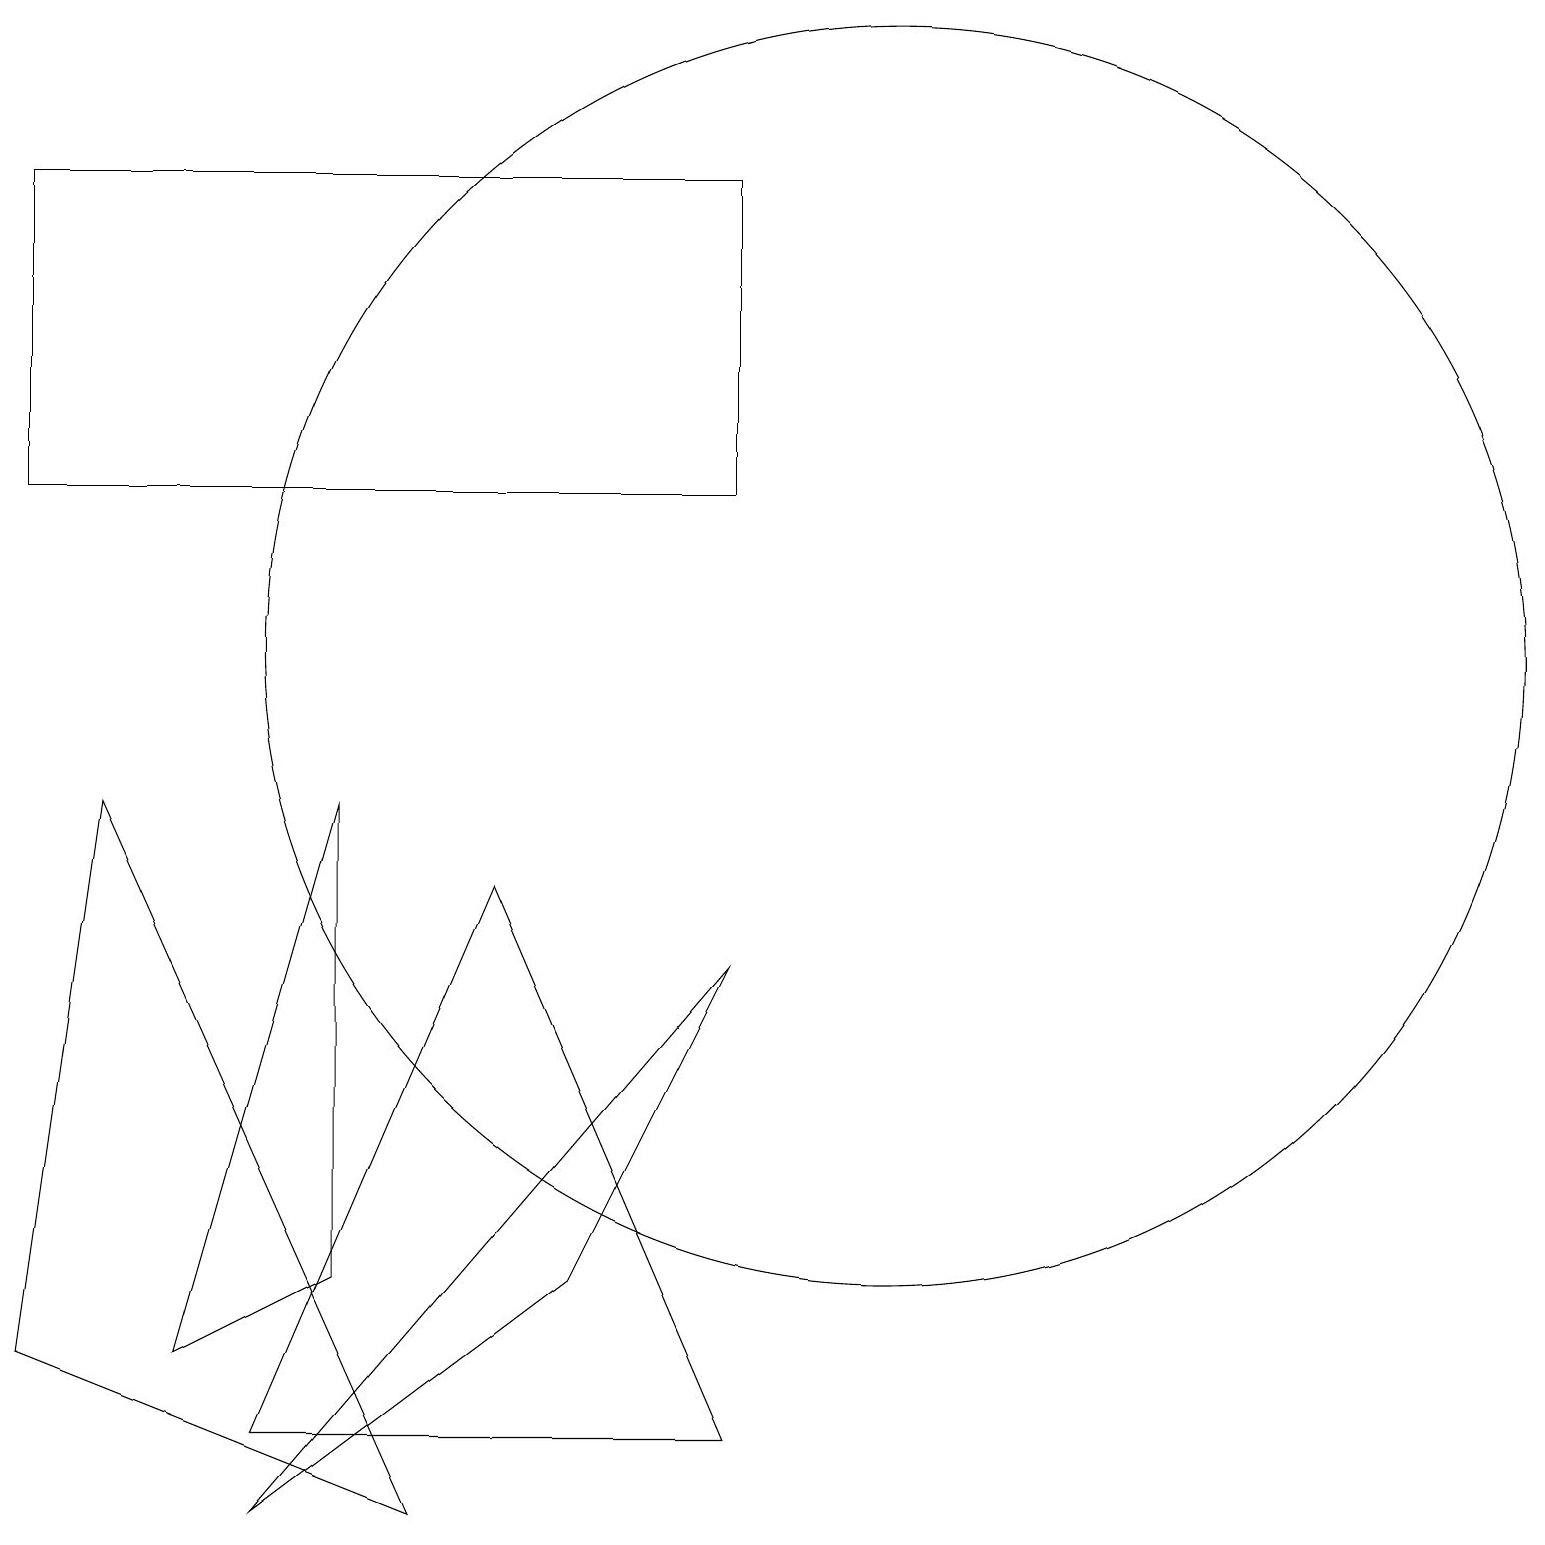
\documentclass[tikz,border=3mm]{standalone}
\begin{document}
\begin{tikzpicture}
\draw (3,0) -- (9,7) -- (7,3) -- cycle;
\draw (4,3) -- (4,9) -- (2,2) -- cycle;
\draw (11,11) circle (8);
\draw (0,17) rectangle (9,13);
\draw (6,8) -- (3,1) -- (9,1) -- cycle;
\draw (1,9) -- (5,0) -- (0,2) -- cycle;
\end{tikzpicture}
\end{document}